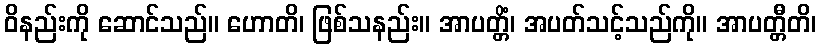
ဝိနည်းကို ဆောင်သည်။ ဟောတိ၊ ဖြစ်သနည်း။ အာပတ္တိံ၊ အပတ်သင့်သည်ကို။ အာပတ္တီတိ၊